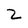
Character: Z